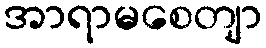
အာရာမစေတျာ